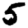
Digit: 5